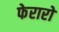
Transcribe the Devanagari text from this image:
फेरारो